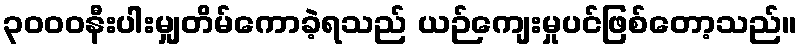
၃၀၀၀နီးပါးမျှတိမ်ကောခဲ့ရသည် ယဉ်ကျေးမှုပင်ဖြစ်တော့သည်။